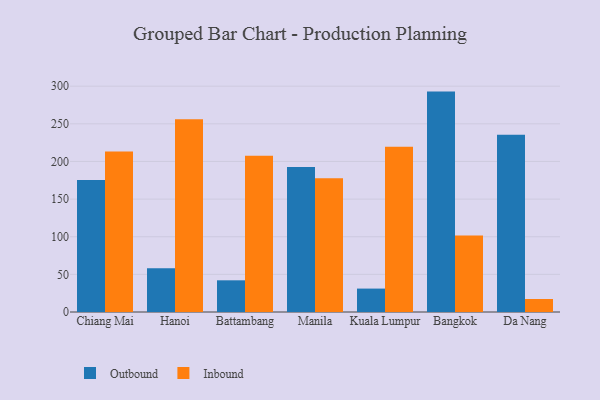
{"axis": {"x": "City", "y": "Revenue (USD Million)"}, "legend": ["Inbound", "Outbound"], "data": [{"x": "Chiang Mai", "y": 175.4, "type": "Outbound"}, {"x": "Chiang Mai", "y": 213.3, "type": "Inbound"}, {"x": "Hanoi", "y": 58.1, "type": "Outbound"}, {"x": "Hanoi", "y": 256.2, "type": "Inbound"}, {"x": "Battambang", "y": 42.1, "type": "Outbound"}, {"x": "Battambang", "y": 207.7, "type": "Inbound"}, {"x": "Manila", "y": 192.6, "type": "Outbound"}, {"x": "Manila", "y": 177.7, "type": "Inbound"}, {"x": "Kuala Lumpur", "y": 31.1, "type": "Outbound"}, {"x": "Kuala Lumpur", "y": 219.4, "type": "Inbound"}, {"x": "Bangkok", "y": 292.8, "type": "Outbound"}, {"x": "Bangkok", "y": 101.5, "type": "Inbound"}, {"x": "Da Nang", "y": 235.6, "type": "Outbound"}, {"x": "Da Nang", "y": 17.3, "type": "Inbound"}]}